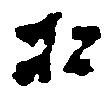
松